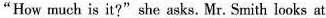
"How much is it?" she asks.Mr.Smith looks at